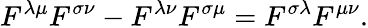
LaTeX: F^{\lambda\mu}F^{\sigma\nu}-F^{\lambda\nu}F^{\sigma\mu}=F^{\sigma\lambda}F^{\mu\nu}.